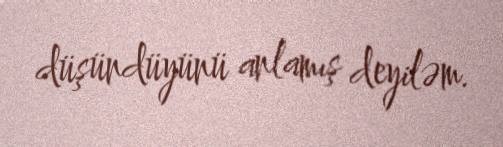
düşündüyünü anlamış deyiləm.